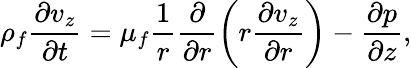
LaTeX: \rho_{f}\frac{\partial v_{z}}{\partial t}=\mu_{f}\frac{1}{r}\frac{\partial}{\partial r}\left(r\frac{\partial v_{z}}{\partial r}\right)-\frac{\partial p}{\partial z},